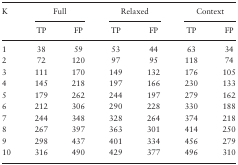
<table><thead><tr><td rowspan="2"><b>K</b></td><td colspan="2"><b>Full</b></td><td colspan="2"><b>Relaxed</b></td><td colspan="2"><b>Context</b></td></tr><tr><td><b>TP</b></td><td><b>FP</b></td><td><b>TP</b></td><td><b>FP</b></td><td><b>TP</b></td><td><b>FP</b></td></tr></thead><tbody><tr><td>1</td><td>38</td><td>59</td><td>53</td><td>44</td><td>63</td><td>34</td></tr><tr><td>2</td><td>72</td><td>120</td><td>97</td><td>95</td><td>118</td><td>74</td></tr><tr><td>3</td><td>111</td><td>170</td><td>149</td><td>132</td><td>176</td><td>105</td></tr><tr><td>4</td><td>145</td><td>218</td><td>197</td><td>166</td><td>230</td><td>133</td></tr><tr><td>5</td><td>179</td><td>262</td><td>244</td><td>197</td><td>279</td><td>162</td></tr><tr><td>6</td><td>212</td><td>306</td><td>290</td><td>228</td><td>330</td><td>188</td></tr><tr><td>7</td><td>244</td><td>348</td><td>328</td><td>264</td><td>374</td><td>218</td></tr><tr><td>8</td><td>267</td><td>397</td><td>363</td><td>301</td><td>414</td><td>250</td></tr><tr><td>9</td><td>298</td><td>437</td><td>401</td><td>334</td><td>456</td><td>279</td></tr><tr><td>10</td><td>316</td><td>490</td><td>429</td><td>377</td><td>496</td><td>310</td></tr></tbody></table>